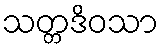
သတ္တဒိဝသာ